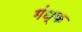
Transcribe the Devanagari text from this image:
गंध्क